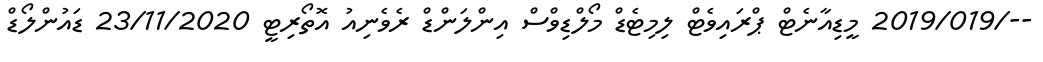
--/2019/019 މީޑިއާނެޓް ޕްރައިވެޓް ލިމިޓެޑް މޯލްޑިވްސް އިންލަންޑް ރެވެނިއު އޮތޯރިޓީ 23/11/2020 ޑައުންލޯޑް